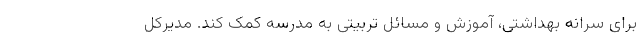
برای سرانه بهداشتی، آموزش و مسائل تربیتی به مدرسه کمک کند. مدیرکل